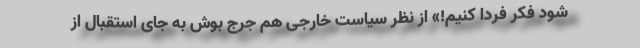
شود فکر فردا کنیم!» از نظر سیاست خارجی هم جرج بوش به جای استقبال از